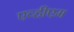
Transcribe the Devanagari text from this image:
एव्हीएम